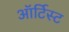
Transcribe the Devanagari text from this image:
ऑर्टिस्ट